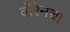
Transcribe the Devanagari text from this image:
वॉरेनचा